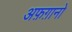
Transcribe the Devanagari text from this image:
अफ़ग़ानो